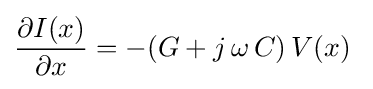
{\frac {\partial I(x)}{\partial x}}=-(G+j\,\omega \,C)\,V(x)~